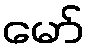
မော်